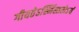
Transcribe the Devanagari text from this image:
गीयतेऽस्मिंस्ततोऽयं